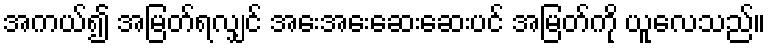
အကယ်၍ အမြတ်ရလျှင် အေးအေးဆေးဆေးပင် အမြတ်ကို ယူလေသည်။